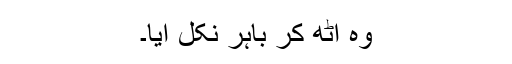
وہ اٹھ کر باہر نکل آیا۔